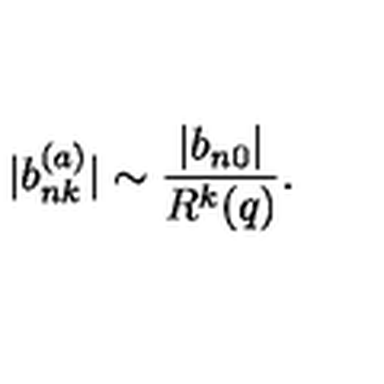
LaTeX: | b _ { n k } ^ { ( a ) } | \sim \frac { | b _ { n 0 } | } { R ^ { k } ( q ) } .